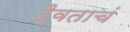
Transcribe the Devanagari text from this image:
दैवताचं